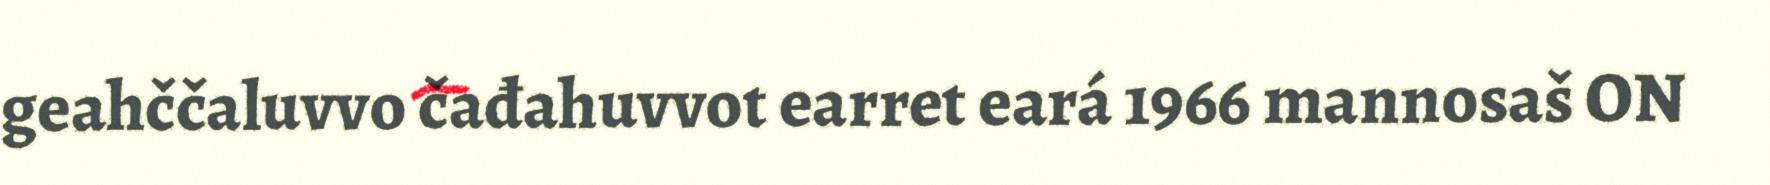
geahččaluvvo čađahuvvot earret eará 1966 mannosaš ON